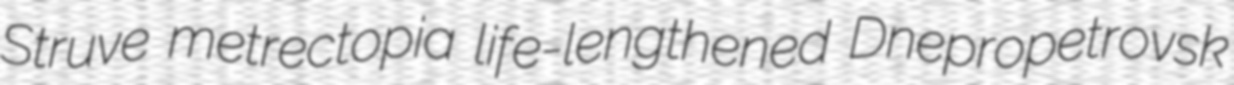
Struve metrectopia life-lengthened Dnepropetrovsk